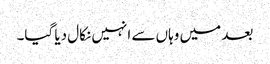
بعد میں وہاں سے انہیں نکال دیا گیا۔